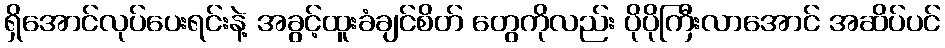
ရှိအောင်လုပ်ပေးရင်းနဲ့ အခွင့်ထူးခံချင်စိတ် တွေကိုလည်း ပိုပိုကြီးလာအောင် အဆိပ်ပင်